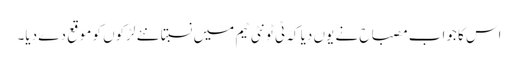
اس کا جواب مصباح نے یوں دیا کہ ٹی ٹونٹی ٹیم میں نسبتاً نئے لڑکوں کو موقع دے دیا۔